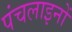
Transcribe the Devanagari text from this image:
पंचलाइनों